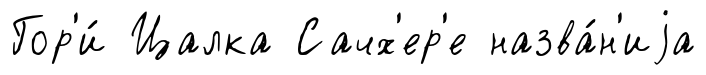
Гор'и́ Цалка Сачх'ер'е назва́н'иjа